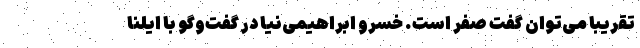
تقریبا می‌توان گفت صفر است. خسرو ابراهیمی‌نیا در گفت‌وگو با ایلنا